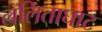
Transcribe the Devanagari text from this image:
ललिताघाट